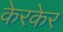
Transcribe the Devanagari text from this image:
केरकेर